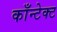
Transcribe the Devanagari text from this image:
काँन्टेक्ट